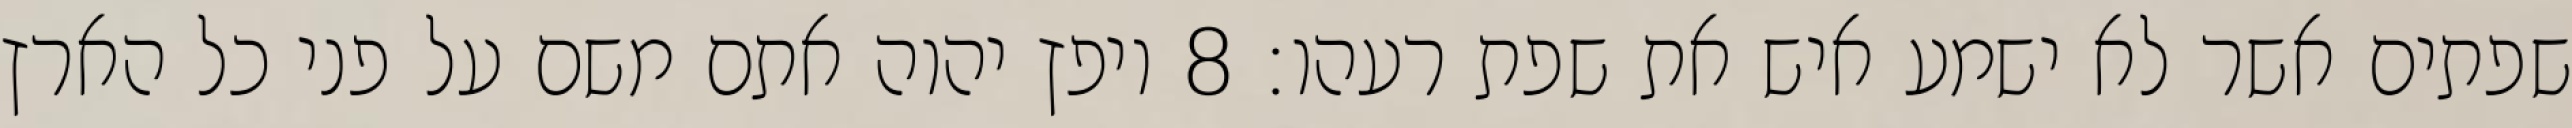
שפתים אשר לא ישמע איש את שפת רעהו׃ ‎8‏ ויפץ יהוה אתם משם על פני כל הארץ